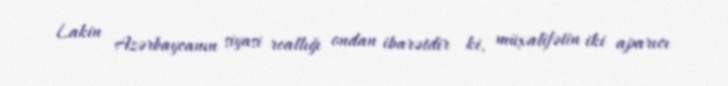
Lakin Azərbaycanın siyasi reallığı ondan ibarətdir ki, müxalifətin iki aparıcı